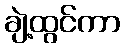
ချဲ့ထွင်ကာ